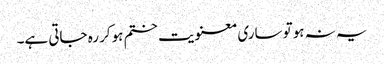
یہ نہ ہوتو ساری معنویت ختم ہوکر رہ جاتی ہے۔